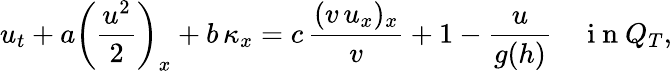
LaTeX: u_{t}+a\left(\frac{u^{2}}{2}\right)_{x}+b\, \kappa_{x}=c\, \frac{(v\, u_{x})_{x}}{v}+1-\frac{u}{g(h)}\quad\mathrm{~i~n~}Q_{T},